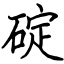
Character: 碇